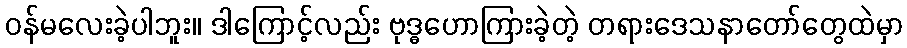
ဝန်မလေးခဲ့ပါဘူး။ ဒါကြောင့်လည်း ဗုဒ္ဓဟောကြားခဲ့တဲ့ တရားဒေသနာတော်တွေထဲမှာ